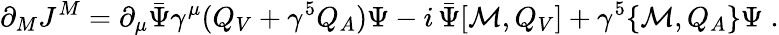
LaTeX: \partial_{M}J^{M}=\partial_{\mu}\bar{\Psi}\gamma^{\mu}(Q_{V}+\gamma^{5}Q_{A})\Psi-i\, \bar{\Psi}[{\cal M},Q_{V}]+\gamma^{5}\{ {\cal M},Q_{A}\} \Psi\; .